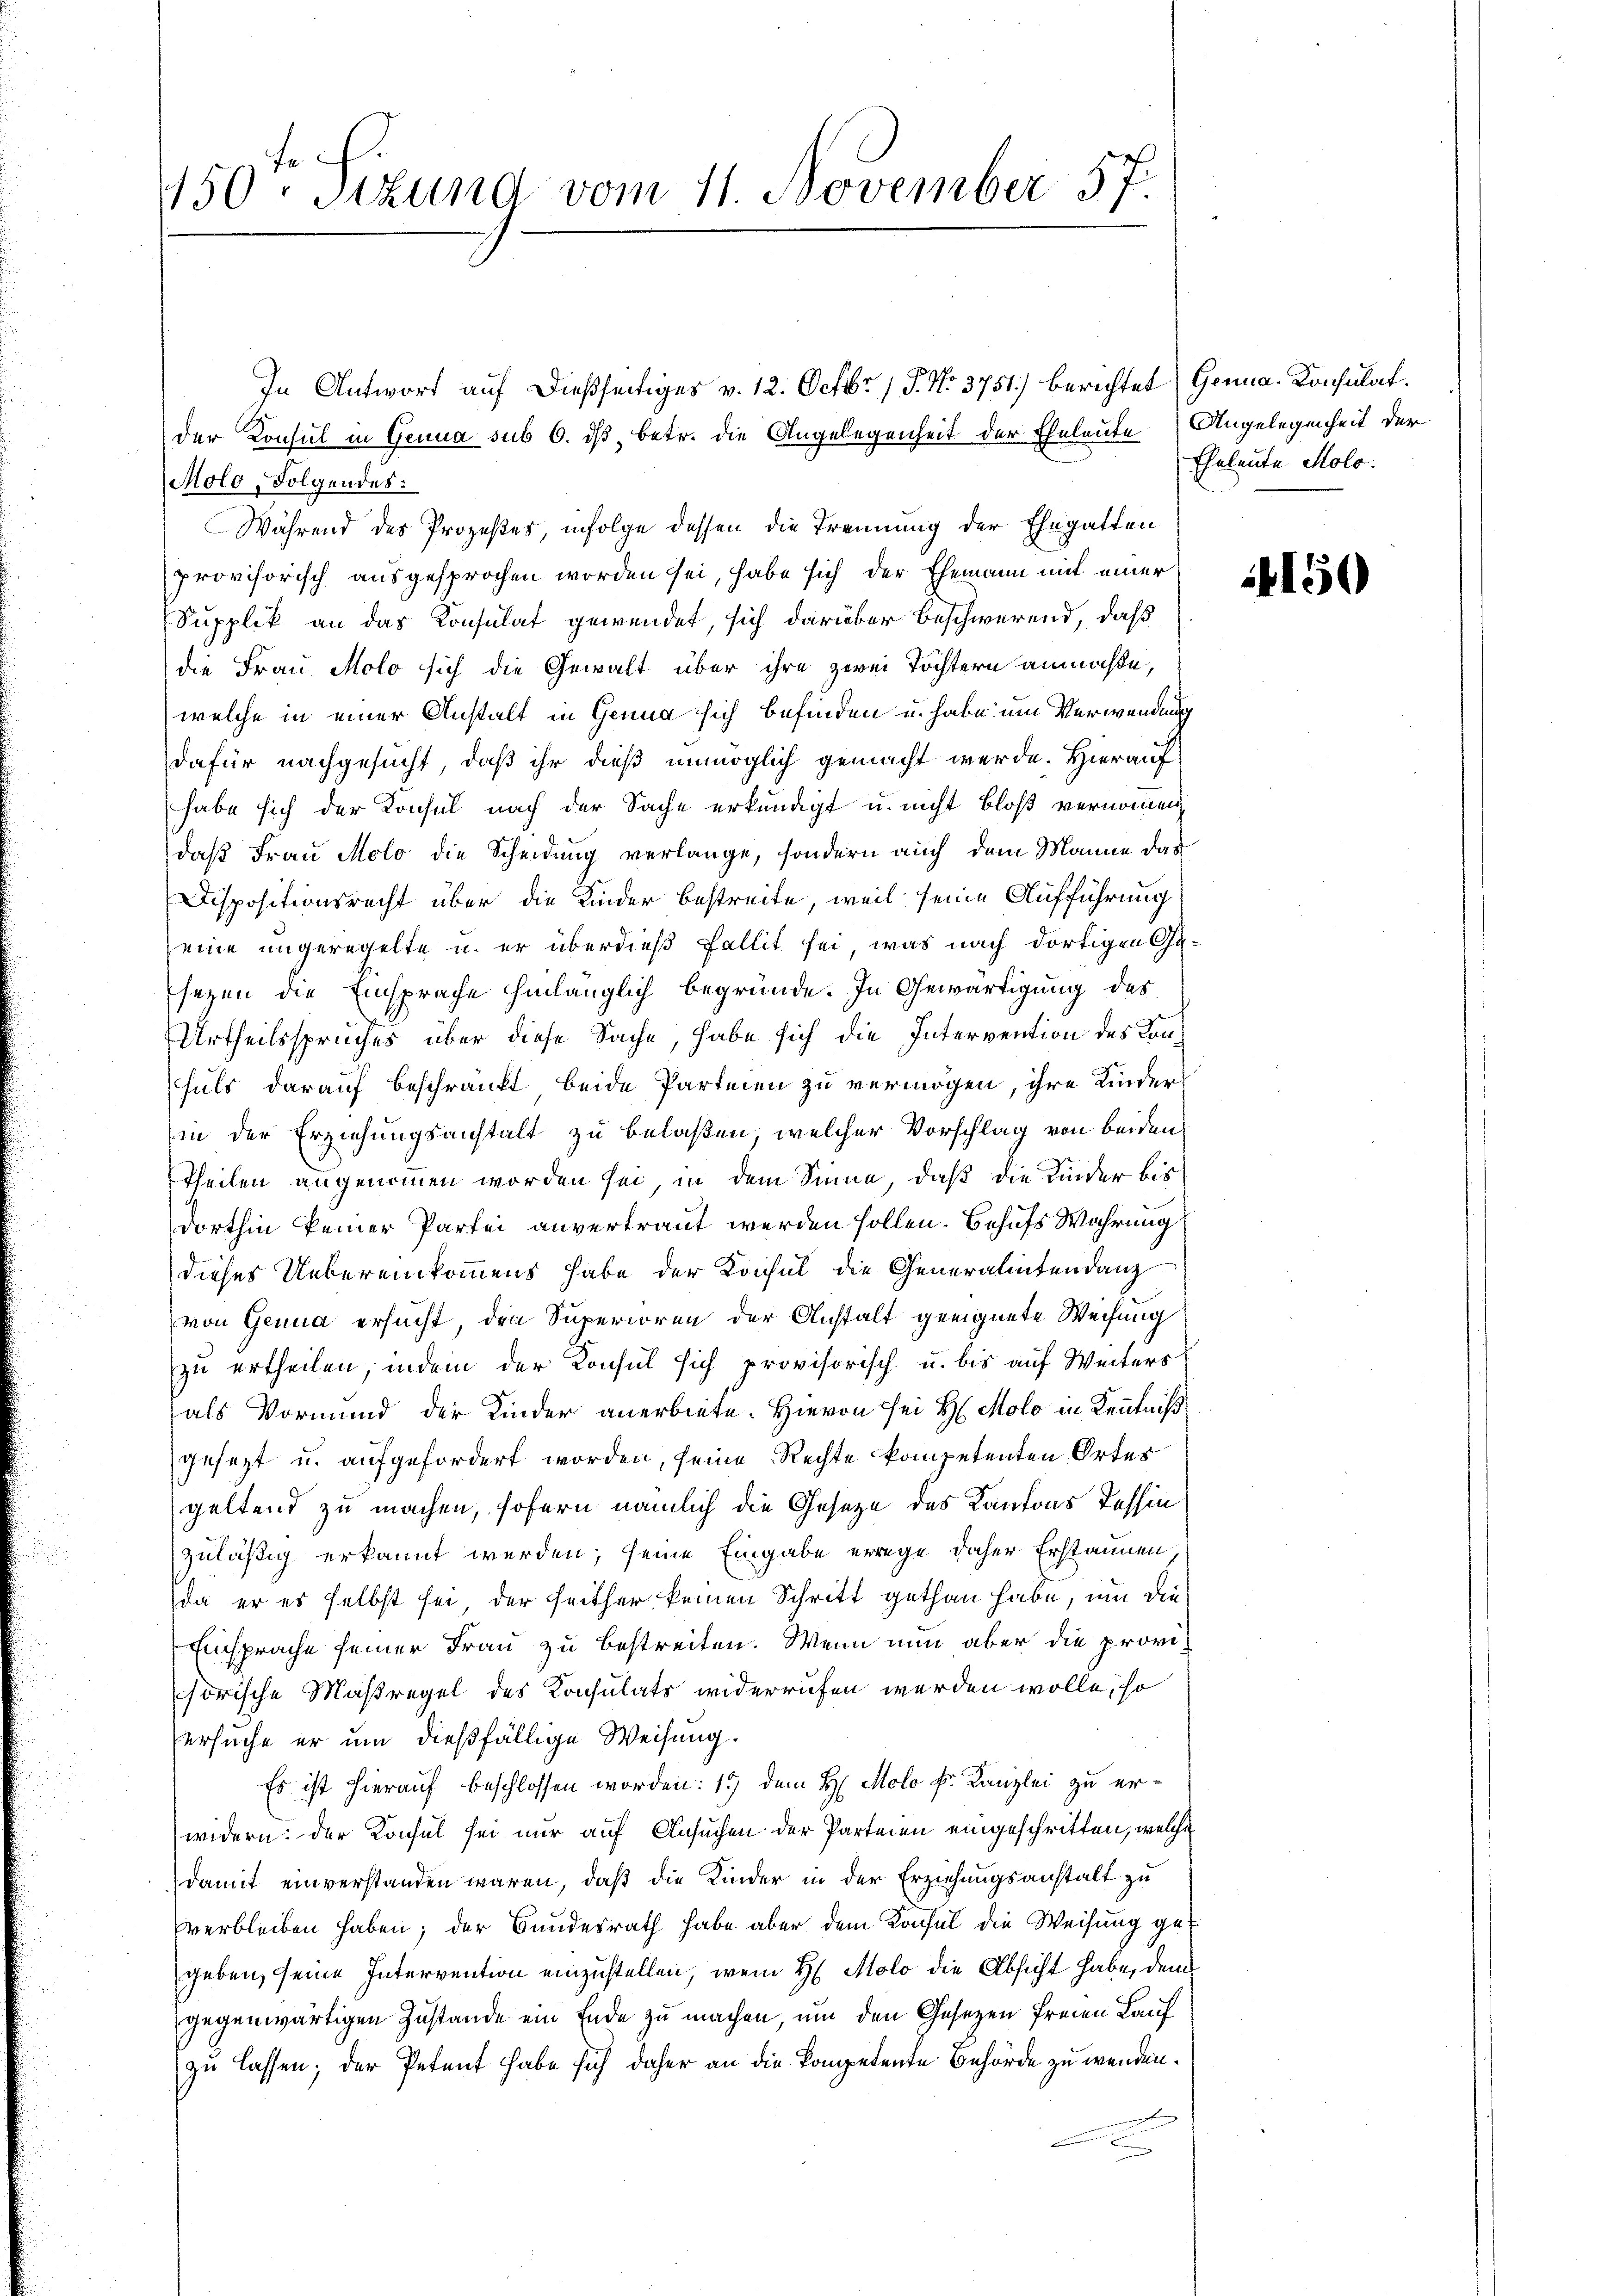
450. Sitzung vom 11. November 57

In Antwort auf dießseitiges v. 12. Octbr. 15. No. 3751) berichtet (Genna-Konsulat.
der Konsul in Genua sub 6. ds, betr. die Angelegenheit der Eheleute Angelegenheit der
Molo, Folgendes:
Während des Prozeßes, infolge dessen die Trennung der Ehegatten
provisorisch ausgesprochen worden sei, habe sich der Ehemann mit einer
Supplik an das Konsulat gewendet, sich darüber beschwerend, daß
die Frau Molo sich die Gewalt über ihre zwei Töchtern anmaße,
welche in einer Anstalt in Genua sich befinden u. habe um Verwendung
dafür nachgesucht, daß ihr dieß unmöglich gemacht werde. Hierauf
habe sich der Konsul nach der Sache erkundigt u. nicht bloß vernommen
daß Frau Molo die Scheidung verlange, sondern auch dem Manne das
Dispositionsrecht über die Kinder bestreite, weil seine Aufführung
eine ungeregelte u. er überdieß Fallit sei, was nach dortigen Gesezen die Einsprache hinlänglich begründe. In Gewärtigung des
Urtheilsspruches über diese Sache, habe sich die Intervention des Konfals darauf beschränkt beide Parteien zu vermögen, ihre Kinder
in der Erziehungsanstalt zu belaßen, welcher Vorschlag von beiden
Theilen angenommen worden sei, in dem Sinne, daß die Kinder bis
dorthin keiner Partei anvertraut werden sollen. Behufs Wahrung
dieses Uebereinkommens habe der Konsul die Generalintendanz
von Genua ersucht, den Superioren der Anstalt geeignete Weisung
zu ertheilen, indem der Konsul sich provisorisch u. bis auf Weiters
als Vormund der Kinder anerbiete. Hievon sei H. Molo in Kenntniß
gesezt u. aufgefordert worden, seine Rechte kompetenten Ortes
geltend zu machen, sofern nämlich die Gesetze des Kantons Tessin
zuläßig erkannt werden; seine Eingabe errege daher Erstaunen
da er es selbst sei der Feither keinen Schritt gethan habe, um die¬
Einsprache seiner Frau zu bestreiten. Wenn nun aber die provisorische Maßregel des Konsulats widerrufen werden wolle, so
ersuche er um dießfällige Weisung.
Es ist hierauf beschlossen worden: 15 dem H. Molo Fr. Kanzlei zu erwidern: der Konsul sei nur auf Ansuchen der Parteien eingeschritten, welche
damit einverstanden wären, daß die Kinder in der Erziehungsanstalt zu
verbleiben haben; der Bundesrath habe aber dem Konsul die Weisung gegeben, seine Intervention einzustellen, wenn H. Molo die Absicht habe, dem
gegenwärtigen Zustande ein Ende zu machen, um den Gesetzen freien Lauf
zu lassen; der Petent habe sich daher an die kompetente Behörde zu wenden.

Eheleute Molo.

150